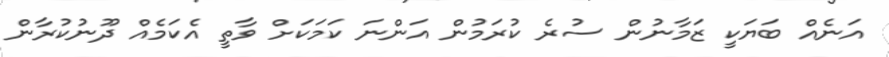
އަނެއް ބަޔަކީ ޒަމާނުން ސުރެ ކުރަމުން އަންނަ ކަމަކަށް ވާތީ އެކަމެއް ދޫނުކުރާން